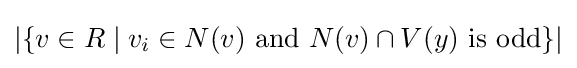
|\{v\in R\mid v_{i}\in N(v){\text{ and }}N(v)\cap V(y){\text{ is odd}}\}|